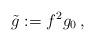
LaTeX: \begin{align*}\tilde g:=f^2 g_0\,,\end{align*}